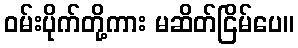
ဝမ်းပိုက်တို့ကား မဆိတ်ငြိမ်ပေ။